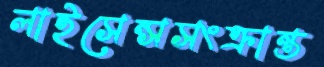
লাইসেন্সসংক্রান্ত